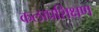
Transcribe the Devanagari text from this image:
कलाप्रशिक्षण